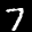
Label: 7